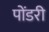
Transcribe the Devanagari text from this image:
पोंडरी